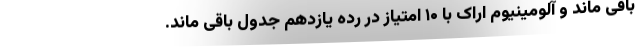
باقی ماند و آلومینیوم اراک با ۱۰ امتیاز در رده یازدهم جدول باقی ماند.